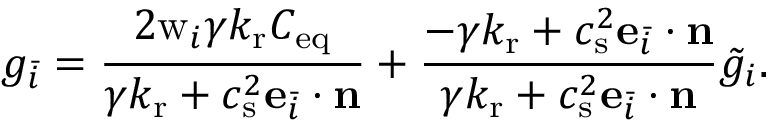
g _ { \bar { i } } = \frac { 2 \mathrm { w } _ { i } \gamma k _ { \mathrm { r } } C _ { \mathrm { e q } } } { \gamma k _ { \mathrm { r } } + c _ { \mathrm { s } } ^ { 2 } \mathbf { e } _ { \bar { i } } \cdot \mathbf { n } } + \frac { - \gamma k _ { \mathrm { r } } + c _ { \mathrm { s } } ^ { 2 } \mathbf { e } _ { \bar { i } } \cdot \mathbf { n } } { \gamma k _ { \mathrm { r } } + c _ { \mathrm { s } } ^ { 2 } \mathbf { e } _ { \bar { i } } \cdot \mathbf { n } } \tilde { g } _ { i } .